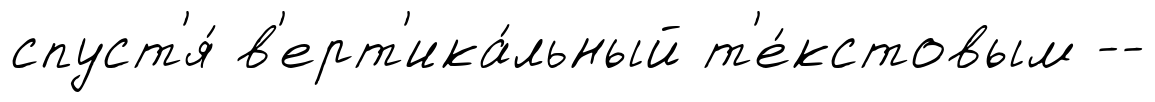
спуст'я́ в'ерт'ика́льный т'е́кстовым --